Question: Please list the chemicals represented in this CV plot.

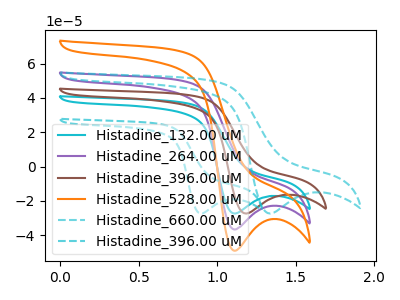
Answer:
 <answer>The cyan curve is labeled "Histadine_132.00 uM". The purple curve is labeled "Histadine_264.00 uM". The brown curve is labeled "Histadine_396.00 uM". The orange curve is labeled "Histadine_528.00 uM". The cyan dashed curve is labeled "Histadine_660.00 uM". The cyan dashed curve is labeled "Histadine_396.00 uM".</answer>
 <eval></eval>